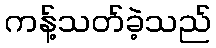
ကန့်သတ်ခဲ့သည်